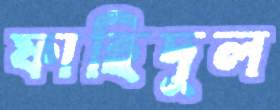
ফাহিদুল